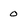
Character: 0